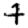
Digit: 7